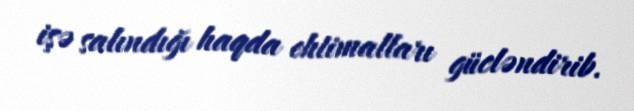
işə salındığı haqda ehtimalları gücləndirib.